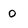
Character: O